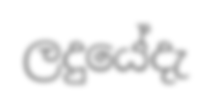
ලදුයේදැ